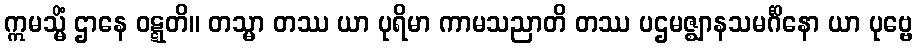
ဣမသ္မိံ ဌာနေ ဝဋ္ဋတိ။ တသ္မာ တဿ ယာ ပုရိမာ ကာမသညာတိ တဿ ပဌမဇ္ဈာနသမင်္ဂိနော ယာ ပုဗ္ဗေ